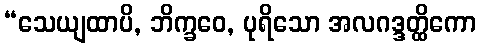
“သေယျထာပိ, ဘိက္ခဝေ, ပုရိသော အလဂဒ္ဒတ္ထိကော